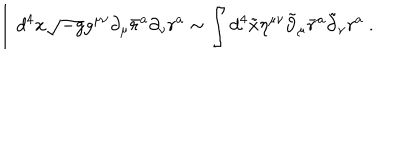
\int d ^ { 4 } x \sqrt { - g } g ^ { \mu \nu } \partial _ { \mu } \bar { r } ^ { a } \partial _ { \nu } r ^ { a } \sim \int d ^ { 4 } \tilde { x } \eta ^ { \mu \nu } \tilde { \partial } _ { \mu } \bar { r } ^ { a } \tilde { \partial } _ { \nu } r ^ { a } \ .